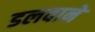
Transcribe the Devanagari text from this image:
डलवाने